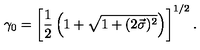
\gamma _ { 0 } = \left[ \frac { 1 } { 2 } \left( 1 + \sqrt { 1 + ( 2 \vec { \sigma } ) ^ { 2 } } \right) \right] ^ { 1 / 2 } .